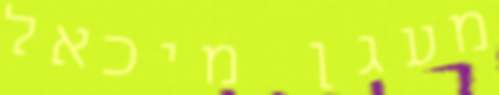
מעגן מיכאל